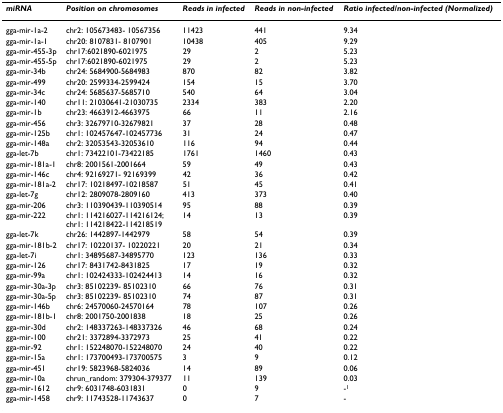
<table><thead><tr><td><b><i>miRNA</i></b></td><td><b><i>Position on chromosomes</i></b></td><td><b><i>Reads in infected</i></b></td><td><b><i>Reads in non-infected</i></b></td><td><b><i>Ratio infected/non-infected (Normalized)</i></b></td></tr></thead><tbody><tr><td>gga-mir-1a-2</td><td>chr2: 105673483- 10567356</td><td>11423</td><td>441</td><td>9.34</td></tr><tr><td>gga-mir-1a-1</td><td>chr20: 8107831- 8107901</td><td>10438</td><td>405</td><td>9.29</td></tr><tr><td>gga-mir-455-3p</td><td>chr17:6021890-6021975</td><td>29</td><td>2</td><td>5.23</td></tr><tr><td>gga-mir-455-5p</td><td>chr17:6021890-6021975</td><td>29</td><td>2</td><td>5.23</td></tr><tr><td>gga-mir-34b</td><td>chr24: 5684900-5684983</td><td>870</td><td>82</td><td>3.82</td></tr><tr><td>gga-mir-499</td><td>chr20: 2599334-2599424</td><td>154</td><td>15</td><td>3.70</td></tr><tr><td>gga-mir-34c</td><td>chr24: 5685637-5685710</td><td>540</td><td>64</td><td>3.04</td></tr><tr><td>gga-mir-140</td><td>chr11: 21030641-21030735</td><td>2334</td><td>383</td><td>2.20</td></tr><tr><td>gga-mir-1b</td><td>chr23: 4663912-4663975</td><td>66</td><td>11</td><td>2.16</td></tr><tr><td>gga-mir-456</td><td>chr3: 32679710-32679821</td><td>37</td><td>28</td><td>0.48</td></tr><tr><td>gga-mir-125b</td><td>chr1: 102457647-102457736</td><td>31</td><td>24</td><td>0.47</td></tr><tr><td>gga-mir-148a</td><td>chr2: 32053543-32053610</td><td>116</td><td>94</td><td>0.44</td></tr><tr><td>gga-let-7b</td><td>chr1: 73422101-73422185</td><td>1761</td><td>1460</td><td>0.43</td></tr><tr><td>gga-mir-181a-1</td><td>chr8: 2001561-2001664</td><td>59</td><td>49</td><td>0.43</td></tr><tr><td>gga-mir-146c</td><td>chr4: 92169271- 92169399</td><td>42</td><td>36</td><td>0.42</td></tr><tr><td>gga-mir-181a-2</td><td>chr17: 10218497-10218587</td><td>51</td><td>45</td><td>0.41</td></tr><tr><td>gga-let-7g</td><td>chr12: 2809078-2809160</td><td>413</td><td>373</td><td>0.40</td></tr><tr><td>gga-mir-206</td><td>chr3: 110390439-110390514</td><td>95</td><td>88</td><td>0.39</td></tr><tr><td>gga-mir-222</td><td>chr1: 114216027-114216124;chr1: 114218422-114218519</td><td>14</td><td>13</td><td>0.39</td></tr><tr><td>gga-let-7k</td><td>chr26: 1442897-1442979</td><td>58</td><td>54</td><td>0.39</td></tr><tr><td>gga-mir-181b-2</td><td>chr17: 10220137- 10220221</td><td>20</td><td>21</td><td>0.34</td></tr><tr><td>gga-let-7i</td><td>chr1: 34895687-34895770</td><td>123</td><td>136</td><td>0.33</td></tr><tr><td>gga-mir-126</td><td>chr17: 8431742-8431825</td><td>17</td><td>19</td><td>0.32</td></tr><tr><td>gga-mir-99a</td><td>chr1: 102424333-102424413</td><td>14</td><td>16</td><td>0.32</td></tr><tr><td>gga-mir-30a-3p</td><td>chr3: 85102239- 85102310</td><td>66</td><td>76</td><td>0.31</td></tr><tr><td>gga-mir-30a-5p</td><td>chr3: 85102239- 85102310</td><td>74</td><td>87</td><td>0.31</td></tr><tr><td>gga-mir-146b</td><td>chr6: 24570060-24570164</td><td>78</td><td>107</td><td>0.26</td></tr><tr><td>gga-mir-181b-1</td><td>chr8: 2001750-2001838</td><td>18</td><td>25</td><td>0.26</td></tr><tr><td>gga-mir-30d</td><td>chr2: 148337263-148337326</td><td>46</td><td>68</td><td>0.24</td></tr><tr><td>gga-mir-100</td><td>chr21: 3372894-3372973</td><td>25</td><td>41</td><td>0.22</td></tr><tr><td>gga-mir-92</td><td>chr1: 152248070-152248070</td><td>24</td><td>40</td><td>0.22</td></tr><tr><td>gga-mir-15a</td><td>chr1: 173700493-173700575</td><td>3</td><td>9</td><td>0.12</td></tr><tr><td>gga-mir-451</td><td>chr19: 5823968-5824036</td><td>14</td><td>89</td><td>0.06</td></tr><tr><td>gga-mir-10a</td><td>chrun_random: 379304-379377</td><td>11</td><td>139</td><td>0.03</td></tr><tr><td>gga-mir-1612</td><td>chr9: 6031748-6031831</td><td>0</td><td>9</td><td>-<sup>1</sup></td></tr><tr><td>gga-mir-1458</td><td>chr9: 11743528-11743637</td><td>0</td><td>7</td><td>-</td></tr></tbody></table>